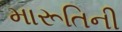
મારૂતિની